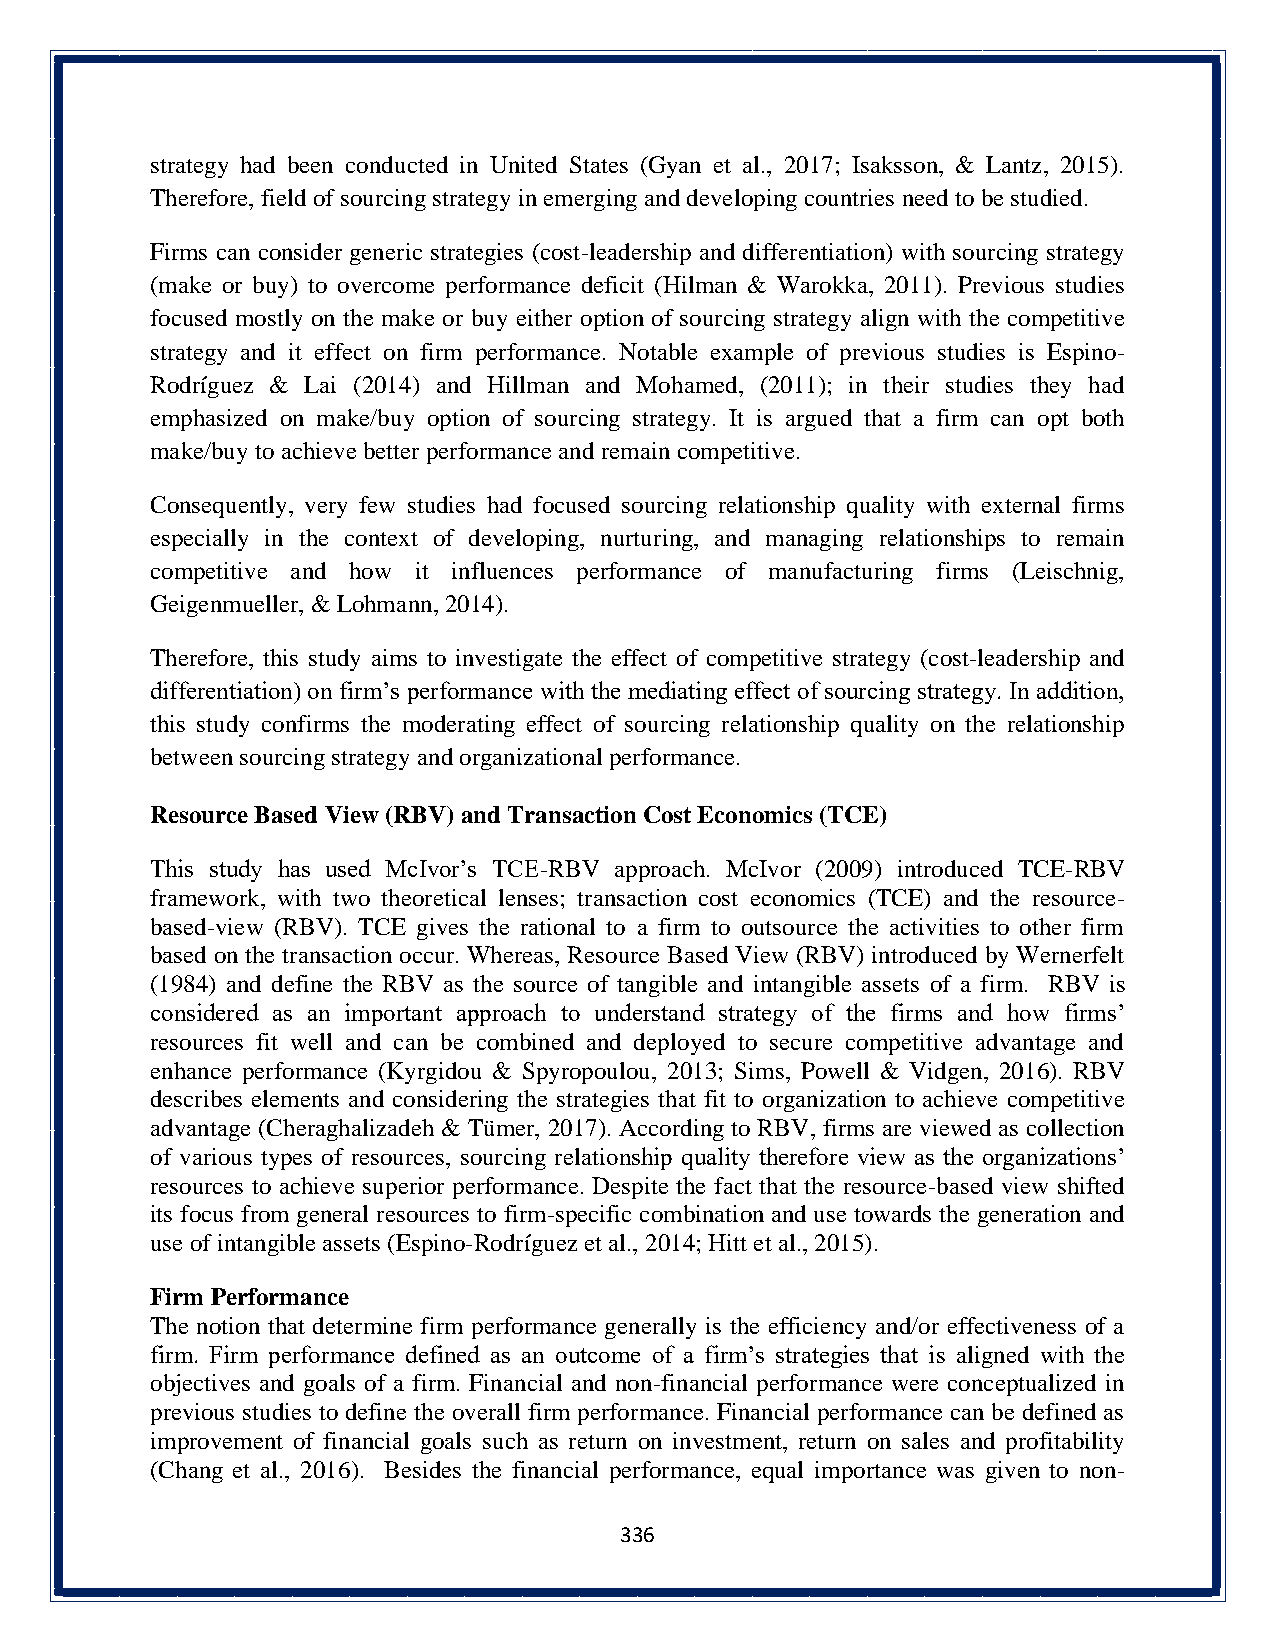
strategy had been conducted in United States (Gyan et al., 2017; Isaksson, & Lantz, 2015).
 Therefore, field of sourcing strategy in emerging and developing countries need to be studied.
 Firms can consider generic strategies (cost-leadership and differentiation) with sourcing strategy
 (make or buy) to overcome performance deficit (Hilman & Warokka, 2011). Previous studies
 focused mostly on the make or buy either option of sourcing strategy align with the competitive
 strategy and it effect on firm performance. Notable example of previous studies is Espino-
 Rodríguez & Lai (2014) and Hillman and Mohamed, (2011); in their studies they had
 emphasized on make/buy option of sourcing strategy. It is argued that a firm can opt both
 make/buy to achieve better performance and remain competitive.
 Consequently, very few studies had focused sourcing relationship quality with external firms
 especially in the context of developing, nurturing, and managing relationships to remain
 competitive and how it influences performance of manufacturing firms (Leischnig,
 Geigenmueller, & Lohmann, 2014).
 Therefore, this study aims to investigate the effect of competitive strategy (cost-leadership and
 differentiation) on firm’s performance with the mediating effect of sourcing strategy. In addition,
 this study confirms the moderating effect of sourcing relationship quality on the relationship
 between sourcing strategy and organizational performance.
 Resource Based View (RBV) and Transaction Cost Economics (TCE)
 This study has used McIvor’s TCE-RBV approach. McIvor (2009) introduced TCE-RBV
 framework, with two theoretical lenses; transaction cost economics (TCE) and the resource-
 based-view (RBV). TCE gives the rational to a firm to outsource the activities to other firm
 based on the transaction occur. Whereas, Resource Based View (RBV) introduced by Wernerfelt
 (1984) and define the RBV as the source of tangible and intangible assets of a firm. RBV is
 considered as an important approach to understand strategy of the firms and how firms’
 resources fit well and can be combined and deployed to secure competitive advantage and
 enhance performance (Kyrgidou & Spyropoulou, 2013; Sims, Powell & Vidgen, 2016). RBV
 describes elements and considering the strategies that fit to organization to achieve competitive
 advantage (Cheraghalizadeh & Tümer, 2017). According to RBV, firms are viewed as collection
 of various types of resources, sourcing relationship quality therefore view as the organizations’
 resources to achieve superior performance. Despite the fact that the resource-based view shifted
 its focus from general resources to firm-specific combination and use towards the generation and
 use of intangible assets (Espino-Rodríguez et al., 2014; Hitt et al., 2015).
 Firm Performance
 The notion that determine firm performance generally is the efficiency and/or effectiveness of a
 firm. Firm performance defined as an outcome of a firm’s strategies that is aligned with the
 objectives and goals of a firm. Financial and non-financial performance were conceptualized in
 previous studies to define the overall firm performance. Financial performance can be defined as
 improvement of financial goals such as return on investment, return on sales and profitability
 (Chang et al., 2016). Besides the financial performance, equal importance was given to non-
 336